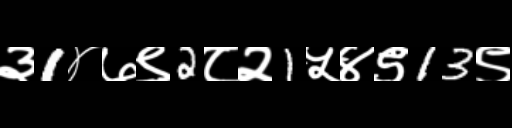
Text: ३1४७९2८२1५४९13९